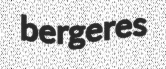
bergeres